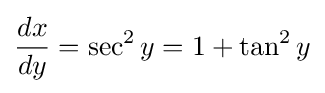
{\frac {dx}{dy}}=\sec ^{2}y=1+\tan ^{2}y